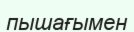
пышағымен